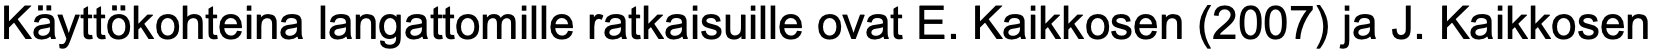
Käyttökohteina langattomille ratkaisuille ovat E. Kaikkosen (2007) ja J. Kaikkosen